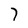
Character: 7